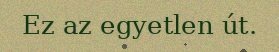
Ez az egyetlen út.